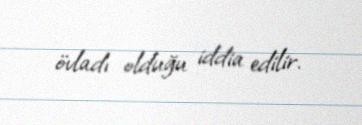
övladı olduğu iddia edilir.